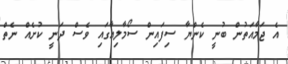
އެ ޖަމާއަތުން ބުނީ ކެންޔާ ސިފައިން ސޯމާލިއާގައި ވެސް ދަނީ ކުށެއް ނެތް